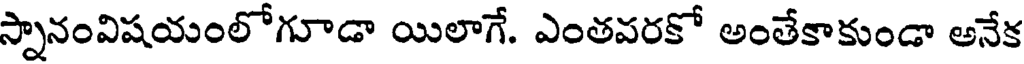
స్నానంవిషయంలోగూడా యిలాగే. ఎంతవరకో అంతేకాకుండా అనేక